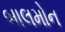
બાલમોન